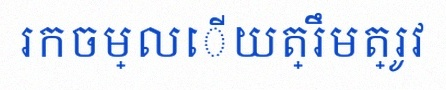
រកចម្លើយត្រឹមត្រូវ